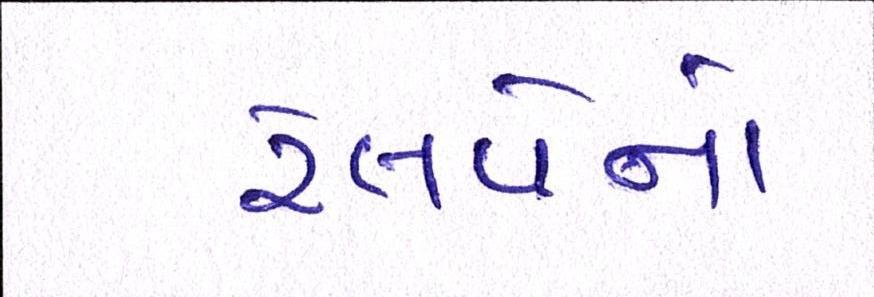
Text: રેલવેનો